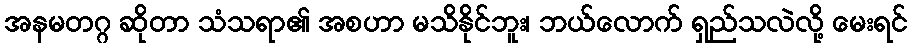
အနမတဂ္ဂ ဆိုတာ သံသရာ၏ အစဟာ မသိနိုင်ဘူး၊ ဘယ်လောက် ရှည်သလဲလို့ မေးရင်